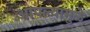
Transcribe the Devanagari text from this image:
आपल्यामुळे